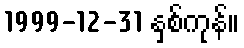
1999-12-31 နှစ်ကုန်။